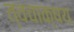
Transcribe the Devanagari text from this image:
त्वचाक्षय